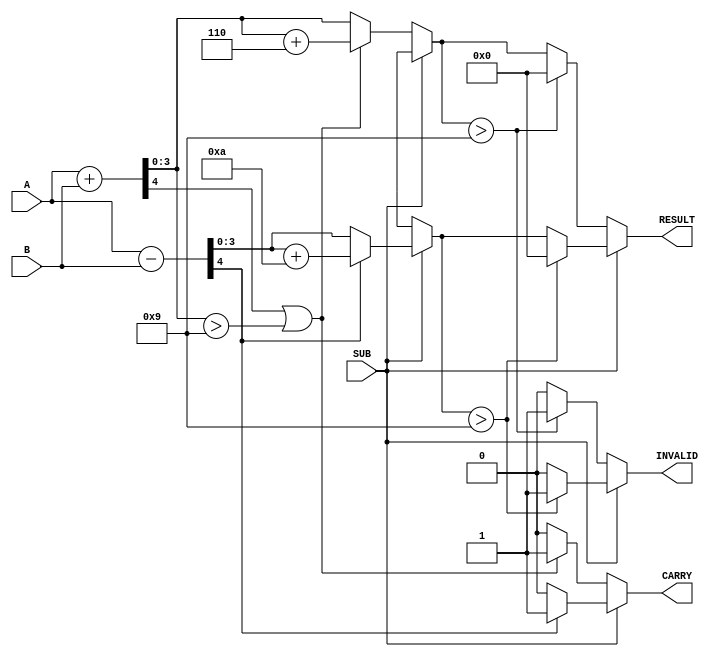
module BCD_Add_Subtracter (
    input  wire [3:0] A,      // First BCD digit
    input  wire [3:0] B,      // Second BCD digit
    input  wire SUB,          // Control signal (0 for add, 1 for subtract)
    output reg  [3:0] RESULT,  // Resulting BCD digit
    output reg  CARRY,        // Carry out for addition or borrow for subtraction
    output reg  INVALID       // Indicates an invalid BCD result
);

    wire [4:0] sum;          // 5-bit sum for addition
    wire [4:0] diff;         // 5-bit difference for subtraction
    wire add_carry;          // Carry out from addition
    wire sub_borrow;         // Borrow flag for subtraction

    // Perform binary addition
    assign sum = A + B;
    assign add_carry = sum[4]; // Check for carry out

    // Perform binary subtraction
    assign diff = A - B;
    assign sub_borrow = (diff[4] == 1'b1); // Check for borrow

    always @(*) begin
        // Default outputs
        RESULT = 4'b0000;
        CARRY = 1'b0;
        INVALID = 1'b0;

        if (SUB == 1'b0) begin // Addition
            if (add_carry || sum[3:0] > 4'b1001) begin
                RESULT = sum[3:0] + 4'b0110; // BCD correction
                CARRY = 1'b1; // Set carry flag
            end else begin
                RESULT = sum[3:0];
            end
            
            // Check for invalid BCD result
            if (RESULT > 4'b1001) begin
                INVALID = 1'b1;
                RESULT = 4'b0000; // Reset result if invalid
            end
        end else begin // Subtraction
            if (sub_borrow) begin
                RESULT = diff[3:0] + 4'b1010; // BCD correction
                CARRY = 1'b1; // Set borrow flag
            end else begin
                RESULT = diff[3:0];
            end
            
            // Check for invalid BCD result
            if (RESULT > 4'b1001) begin
                INVALID = 1'b1;
                RESULT = 4'b0000; // Reset result if invalid
            end
        end
    end
endmodule